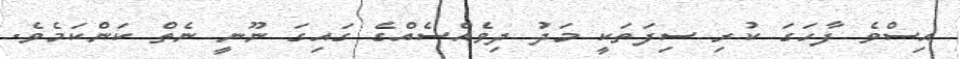
އިސްވެ ފާހަގަ ކުރި ސިފަތަކީ މަދު ދިވެއްސެއްގެ ގައިގަ ނޫނީ ނެތް ކަންކަމެވެ.